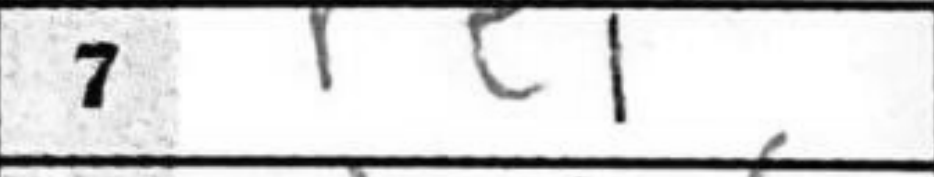
Transcription: Re1